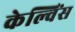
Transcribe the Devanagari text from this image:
केल्विंस